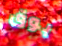
بوق